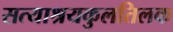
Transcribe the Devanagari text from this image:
सत्याश्रयकुलतिलक